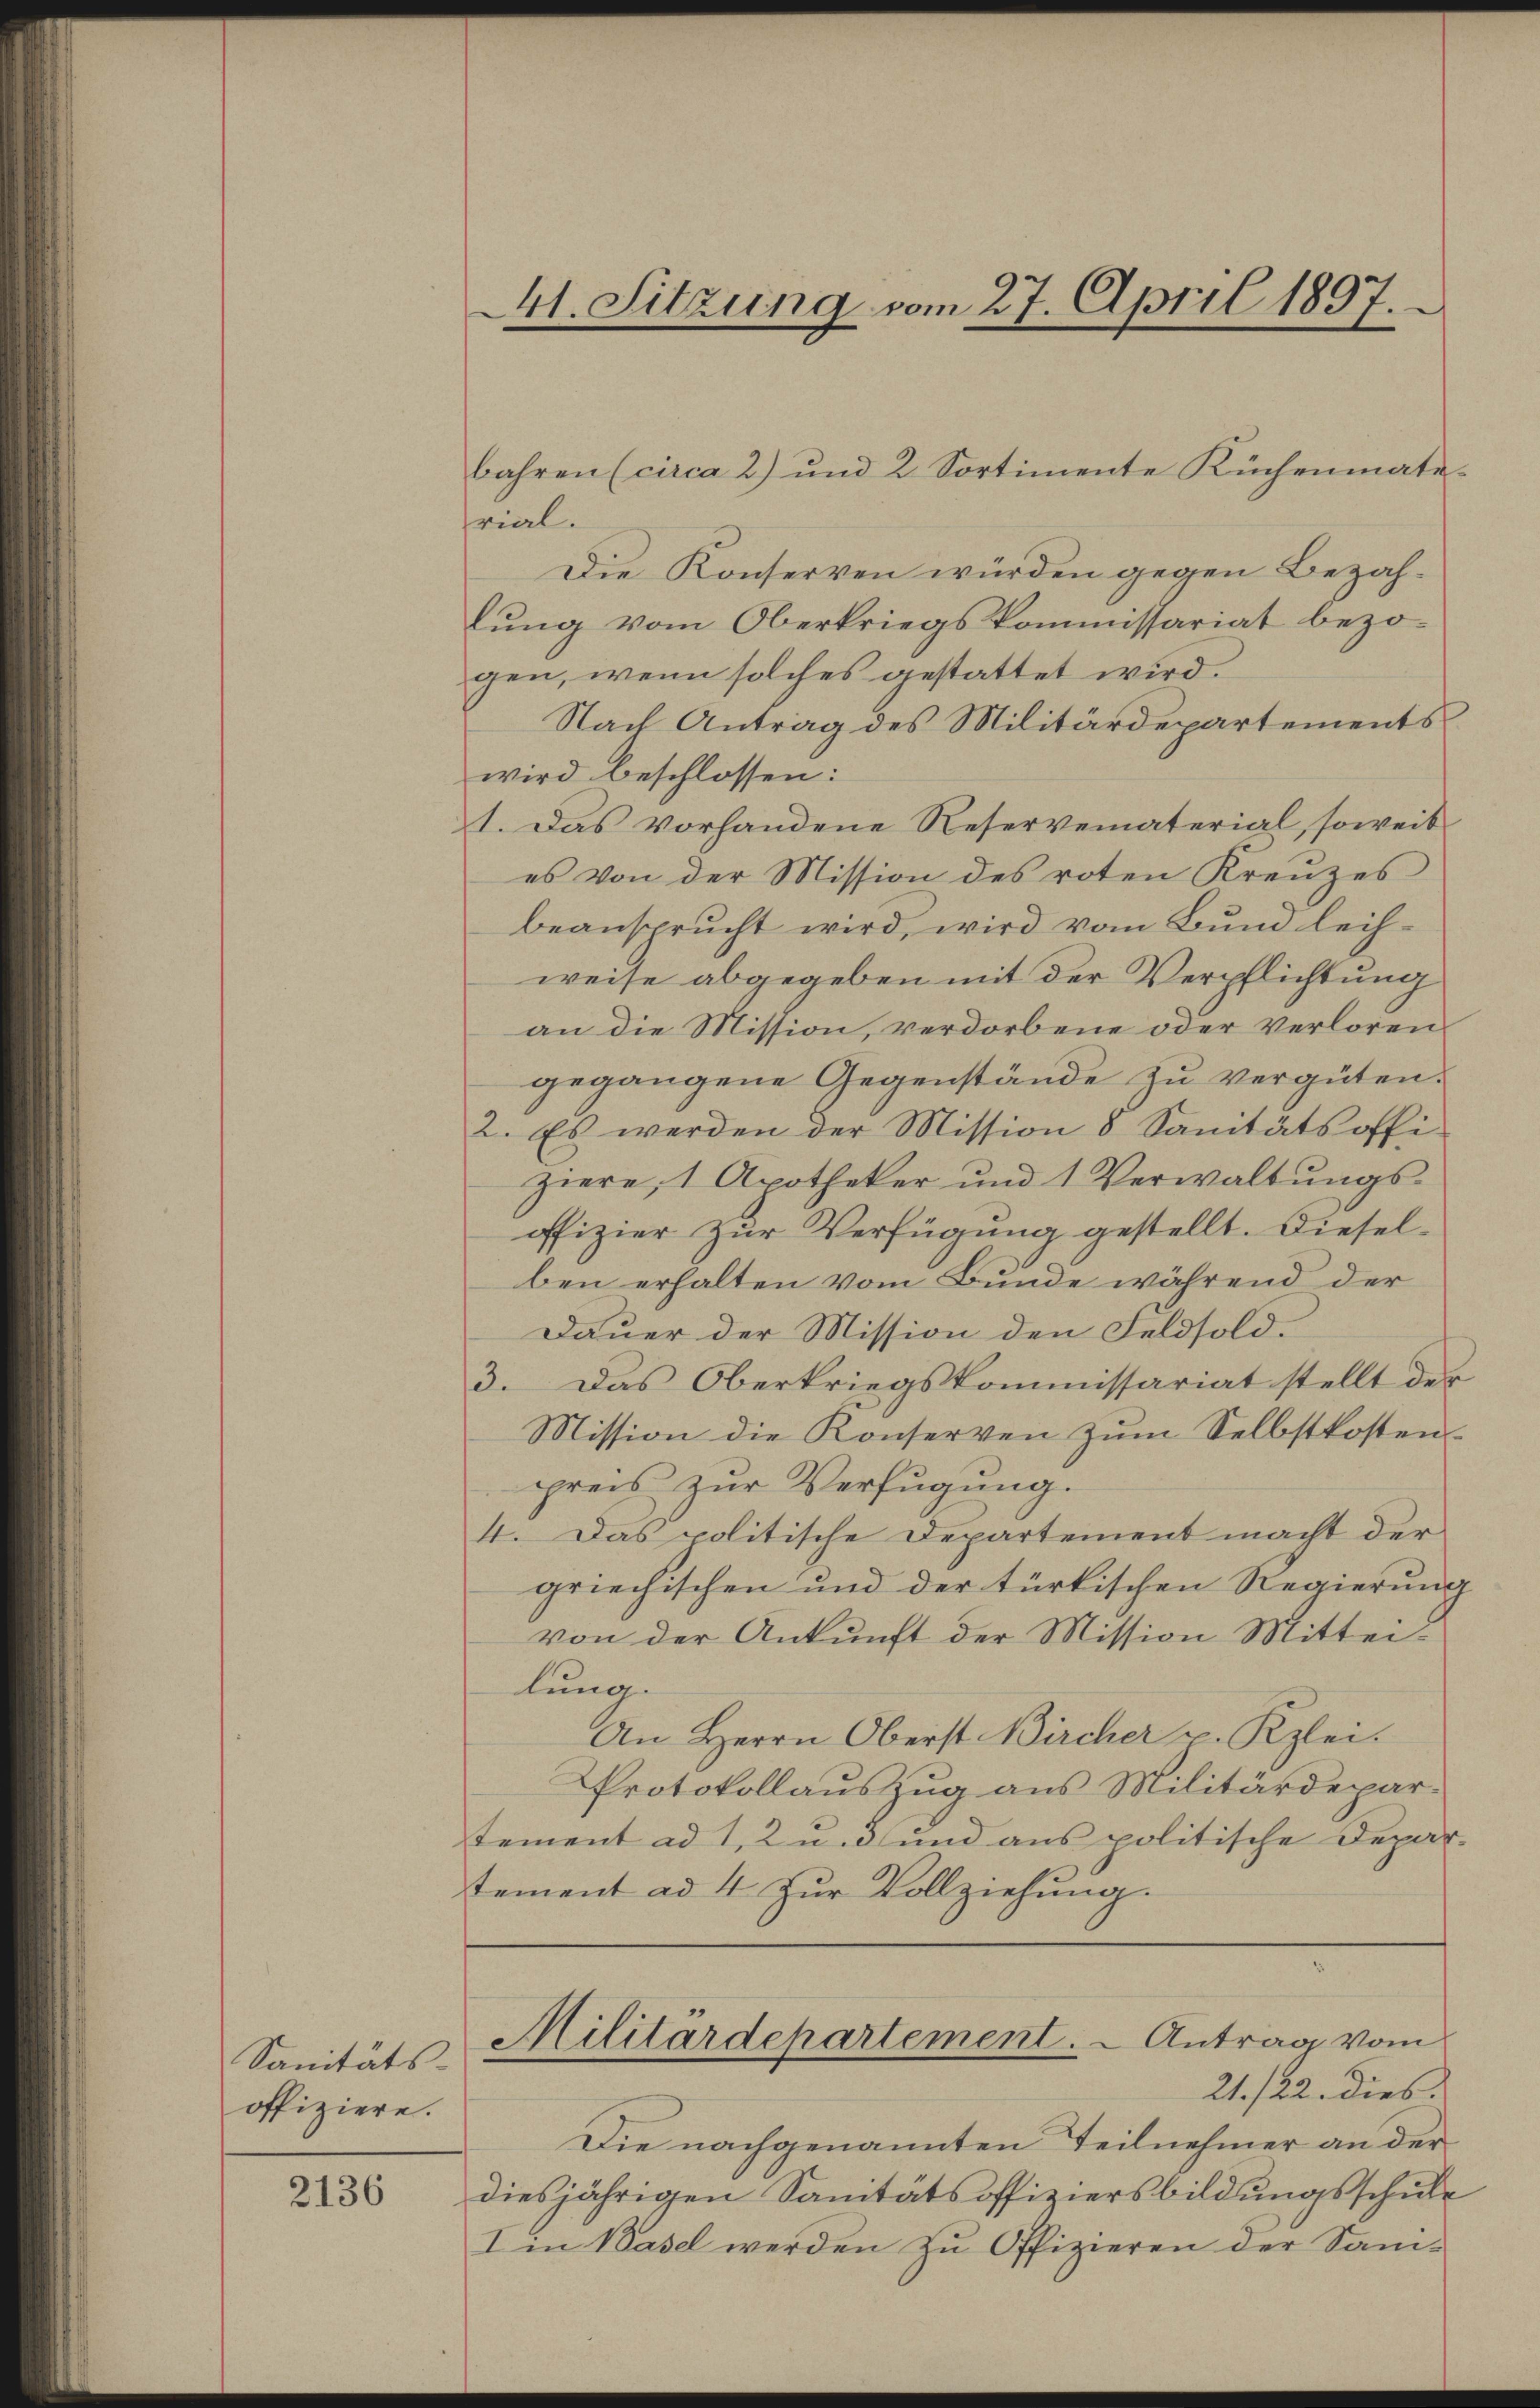
Sanitäts-
offiziere.

2136

1. Sitzung vom 27. April 1897.

rial.
Die Konserven würden gegen Bezahlung vom Oberkriegskommissariat bezogen, wenn solches gestattet wird.
Nach Antrag des Militärdepartements
wird beschlossen:
1. Das vorhandene Reserveraterial, soweit
es von der Mission des roten Kreuzes
beansprucht wird, wird vom Bund leihweise abgegeben mit der Verpflichtung
an die Mission, verdorbene oder Verloren
gegangene Gegenstände zu vergüten.
2. Es werden der Mission 8 Sanitätsoffiziere, 1 Apotheker und 1 Verwaltungsoffizier zur Verfügung gestellt. Dieselben erhalten vom Bunde während der
Dauer der Mission den Feldsold.
3. Das Oberkriegskommissariat stellt der
Mission die Konserven zum Selbstkostenpreis zur Verfügung.
4. Das politische Departement macht der
griechischen und der türkischen Regierung
von der Ankunft der Mission Mitteilung.
An Herrn Oberst Bircher u. Kzlei.
Protokollauszug aus Militärdepar-
tement ad 1, 2 u. 3 und aus politische Departement ad 4 zur Vollziehung.

bahren (circa 2) und 2. Sortimente Küchenmate¬

Militärdepartement. - Antrag vom
21./22. dies

Die nachgenannten Teilnehmer an der
diesjährigen Sanitätsoffiziersbildungsschule
I in Basel werden zu Offizieren der Sam¬